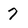
Character: 7